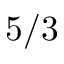
5 / 3